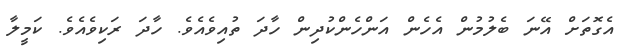
އެގޮތަށް އޭނަ ބެލުމުން އެހެން އަންހެންކުދިން ހާދަ ތުއިވެއެވެ. ހާދަ ރަކިވެއެވެ. ކަމީލާ